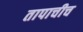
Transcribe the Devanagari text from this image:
तापाचीच